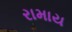
રામાય